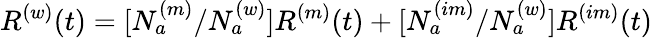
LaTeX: R^{(w)}(t)=[N_{a}^{(m)}/N_{a}^{(w)}]R^{(m)}(t)+[N_{a}^{(im)}/N_{a}^{(w)}]R^{(im)}(t)